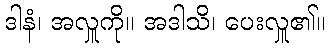
ဒါနံ၊ အလှူကို။ အဒါသိ၊ ပေးလှူ၏။